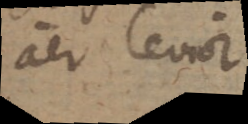
aer levior